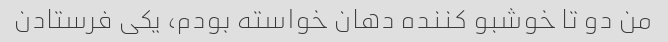
من دو تا خوشبو کننده دهان خواسته بودم، یکی فرستادن